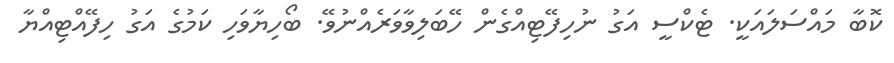
ކޮބާ މައްސަލައަކީ. ޓެކްސީ އަގު ނުހިފޭޓިއްގެން ހޭބަލިވާވަރެއްނުވޭ. ބޯހިޔާވަހި ކަމުގެ އަގު ހިފޭއްޓިއްޔާ